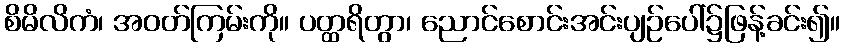
စိမိလိကံ၊ အဝတ်ကြမ်းကို။ ပတ္ထရိတွာ၊ ညောင်စောင်းအင်းပျဉ်ပေါ်၌ဖြန့်ခင်း၍။